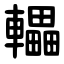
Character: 轠